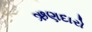
ઋણદારો